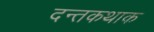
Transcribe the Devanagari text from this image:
दन्तकथाक